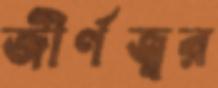
জীর্ণজ্বর